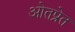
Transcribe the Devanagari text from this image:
ओतप्रेत